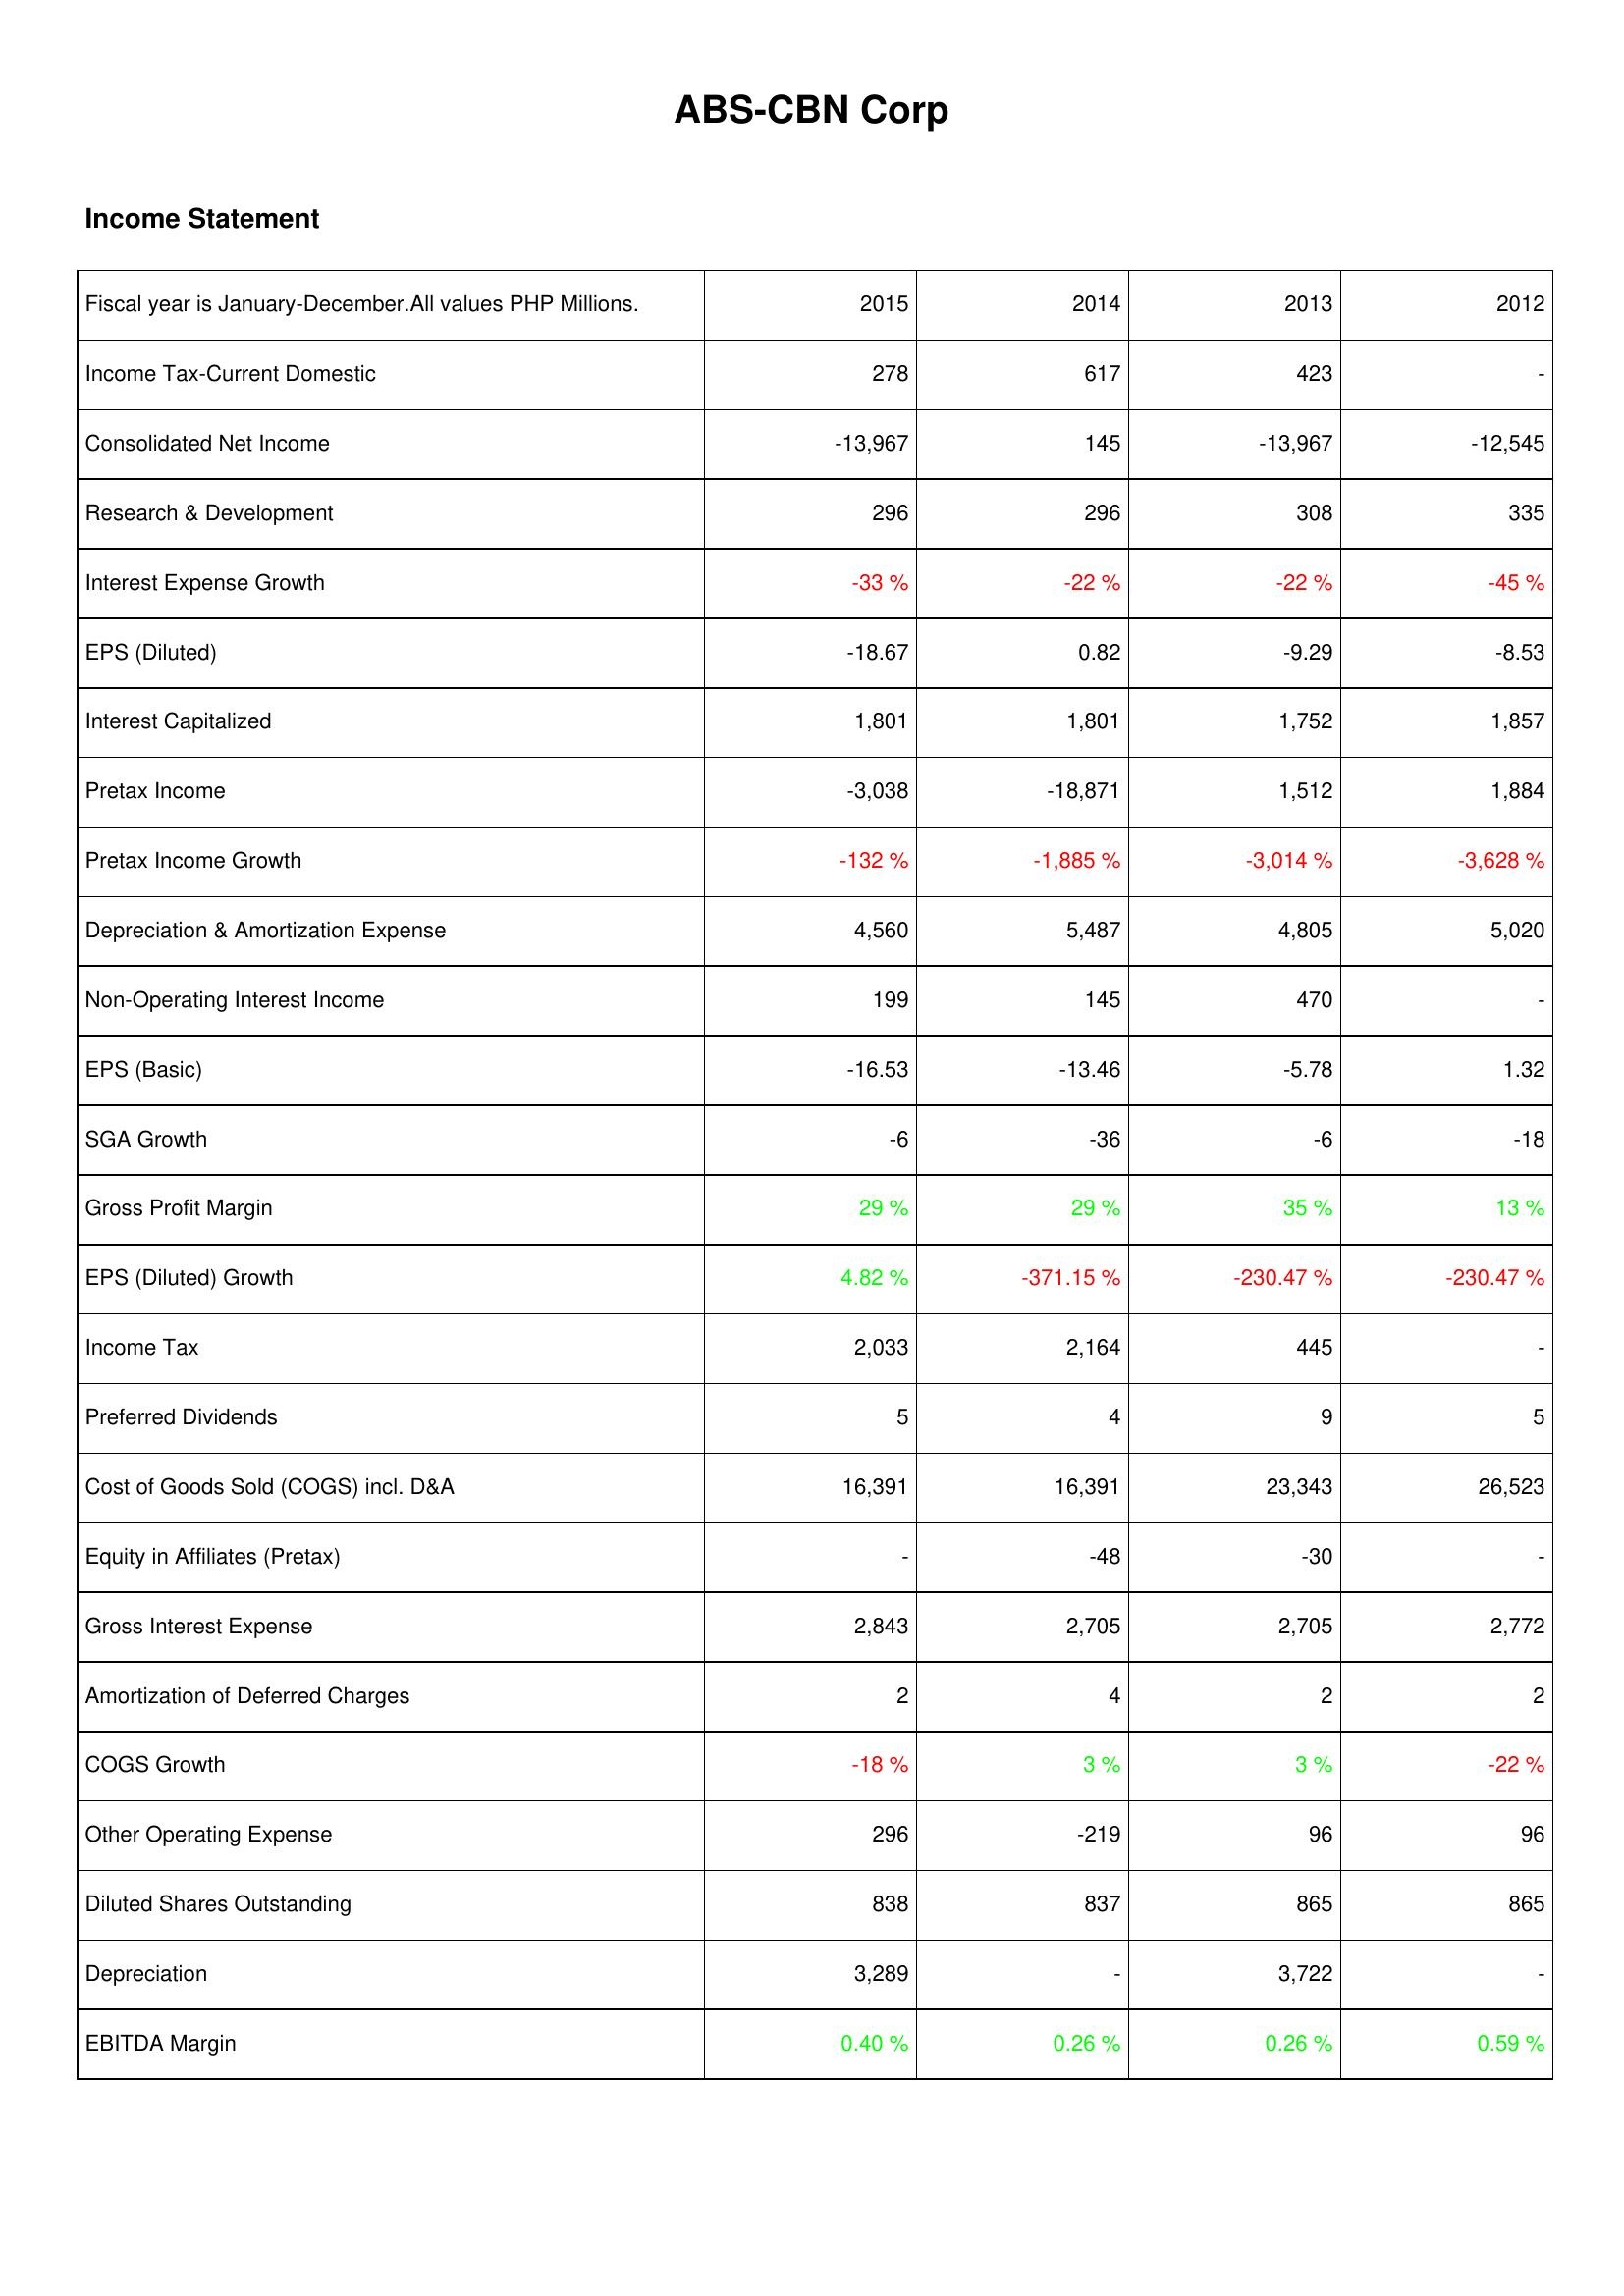
2015: Income Statement: Income Tax-Current Domestic: 278
Consolidated Net Income: -13,967
Research & Development: 296
Interest Expense Growth: -33 %
EPS (Diluted): -18.67
Interest Capitalized: 1,801
Pretax Income: -3,038
Pretax Income Growth: -132 %
Depreciation & Amortization Expense: 4,560
Non-Operating Interest Income: 199
EPS (Basic): -16.53
SGA Growth: -6
Gross Profit Margin: 29 %
EPS (Diluted) Growth: 4.82 %
Income Tax: 2,033
Preferred Dividends: 5
Cost of Goods Sold (COGS) incl. D&A: 16,391
Equity in Affiliates (Pretax): -
Gross Interest Expense: 2,843
Amortization of Deferred Charges: 2
COGS Growth: -18 %
Other Operating Expense: 296
Diluted Shares Outstanding: 838
Depreciation: 3,289
EBITDA Margin: 0.40 %
2014: Income Statement: Income Tax-Current Domestic: 617
Consolidated Net Income: 145
Research & Development: 296
Interest Expense Growth: -22 %
EPS (Diluted): 0.82
Interest Capitalized: 1,801
Pretax Income: -18,871
Pretax Income Growth: -1,885 %
Depreciation & Amortization Expense: 5,487
Non-Operating Interest Income: 145
EPS (Basic): -13.46
SGA Growth: -36
Gross Profit Margin: 29 %
EPS (Diluted) Growth: -371.15 %
Income Tax: 2,164
Preferred Dividends: 4
Cost of Goods Sold (COGS) incl. D&A: 16,391
Equity in Affiliates (Pretax): -48
Gross Interest Expense: 2,705
Amortization of Deferred Charges: 4
COGS Growth: 3 %
Other Operating Expense: -219
Diluted Shares Outstanding: 837
Depreciation: -
EBITDA Margin: 0.26 %
2013: Income Statement: Income Tax-Current Domestic: 423
Consolidated Net Income: -13,967
Research & Development: 308
Interest Expense Growth: -22 %
EPS (Diluted): -9.29
Interest Capitalized: 1,752
Pretax Income: 1,512
Pretax Income Growth: -3,014 %
Depreciation & Amortization Expense: 4,805
Non-Operating Interest Income: 470
EPS (Basic): -5.78
SGA Growth: -6
Gross Profit Margin: 35 %
EPS (Diluted) Growth: -230.47 %
Income Tax: 445
Preferred Dividends: 9
Cost of Goods Sold (COGS) incl. D&A: 23,343
Equity in Affiliates (Pretax): -30
Gross Interest Expense: 2,705
Amortization of Deferred Charges: 2
COGS Growth: 3 %
Other Operating Expense: 96
Diluted Shares Outstanding: 865
Depreciation: 3,722
EBITDA Margin: 0.26 %
2012: Income Statement: Income Tax-Current Domestic: -
Consolidated Net Income: -12,545
Research & Development: 335
Interest Expense Growth: -45 %
EPS (Diluted): -8.53
Interest Capitalized: 1,857
Pretax Income: 1,884
Pretax Income Growth: -3,628 %
Depreciation & Amortization Expense: 5,020
Non-Operating Interest Income: -
EPS (Basic): 1.32
SGA Growth: -18
Gross Profit Margin: 13 %
EPS (Diluted) Growth: -230.47 %
Income Tax: -
Preferred Dividends: 5
Cost of Goods Sold (COGS) incl. D&A: 26,523
Equity in Affiliates (Pretax): -
Gross Interest Expense: 2,772
Amortization of Deferred Charges: 2
COGS Growth: -22 %
Other Operating Expense: 96
Diluted Shares Outstanding: 865
Depreciation: -
EBITDA Margin: 0.59 %